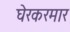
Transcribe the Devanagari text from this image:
घेरकरमार